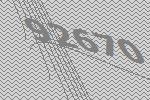
92670